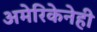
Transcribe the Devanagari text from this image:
अमेरिकेनेही